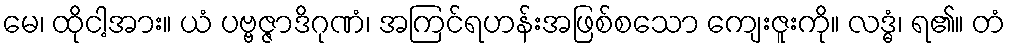
မေ၊ ထိုငါ့အား။ ယံ ပဗ္ဗဇ္ဇာဒိဂုဏံ၊ အကြင်ရဟန်းအဖြစ်စသော ကျေးဇူးကို။ လဒ္ဓံ၊ ရ၏။ တံ